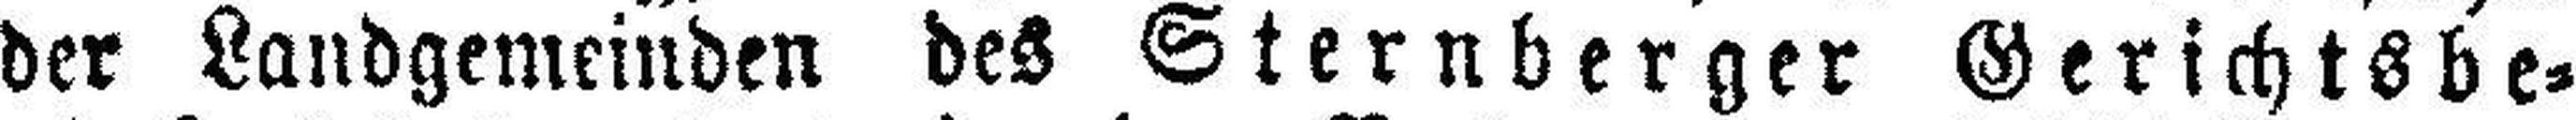
der Landgemeinden des Sternberger Gerichtsbe¬